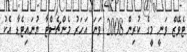
ޓެވޭޒް ވަނީ މީގެ ކުރިން 2008 ވަނަ އަހަރު މެންޗެސްޓާ ޔުނައިޓެޑާ އެކު